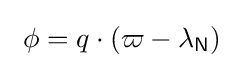
\ \phi =q\cdot (\varpi -\lambda _{\mathsf {N}})\